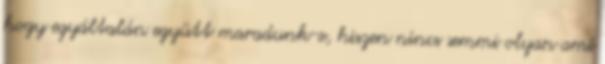
hogy egyáltalán együtt maradunk-e, hiszen nincs semmi olyan ami